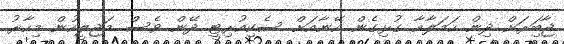
ޖާބަިރަށް ދިން ހަމަލާއާ ގުޅިގެން އޭނާއަށް ސެކިއުރިޓީ ދޭން ވެސް މަޖިލީހުން މިހާރު